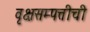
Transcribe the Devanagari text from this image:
वृक्षसम्पत्तीची